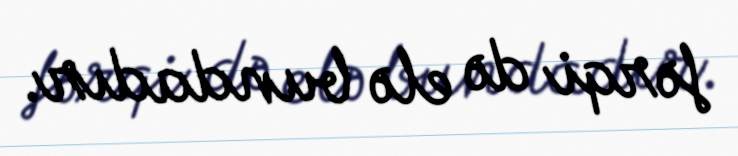
fərqi də elə bundadır.